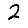
Digit: 2